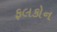
ફલકોન